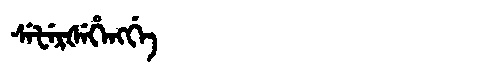
Manchu: ᠰᡝᡶᡝᡵᡧᡝᡥᡝᠩᡤᡝ
Romanization: SEFERŠEHENGGE